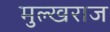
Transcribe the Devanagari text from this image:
मुल्खराज